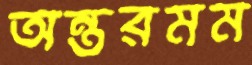
অন্তরমম